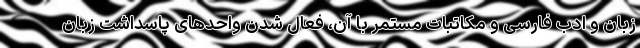
زبان و ادب فارسی و مکاتبات مستمر با آن، فعال شدن واحدهای پاسداشت زبان